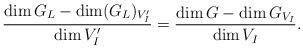
LaTeX: \begin{align*}\frac{\dim G_{L} - \dim (G_L)_{V_I'}}{\dim V_I'} = \frac{\dim G - \dim G_{V_I}}{\dim V_I}.\end{align*}